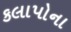
કલાપોના